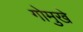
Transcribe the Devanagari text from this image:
गोमुखे